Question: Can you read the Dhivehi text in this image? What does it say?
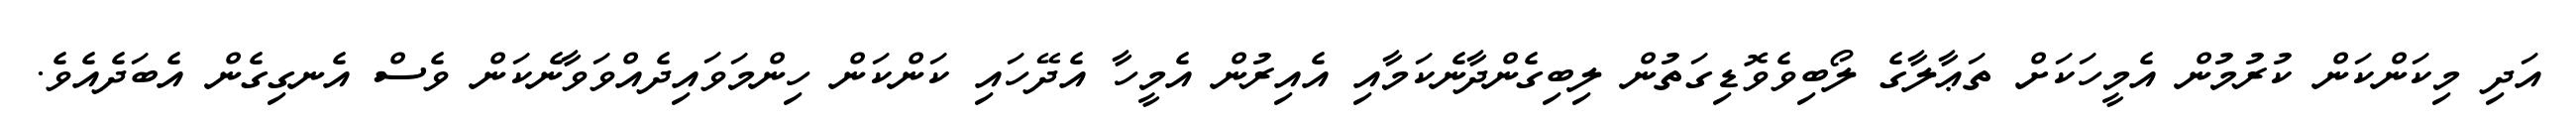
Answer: އަދި މިކަންކަން ކުރުމުން އެމީހަކަށް ތަޢާލާގެ ލޯބިވެވޮޑިގަތުން ލިބިގެންދާނެކަމާއި އެއިރުން އެމީހާ އެދޭހައި ކަންކަން ހިންމަވައިދެއްވަވާނެކަން ވެސް އެނގިގެން އެބަދެއެވެ.